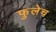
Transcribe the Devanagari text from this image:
फुलेच